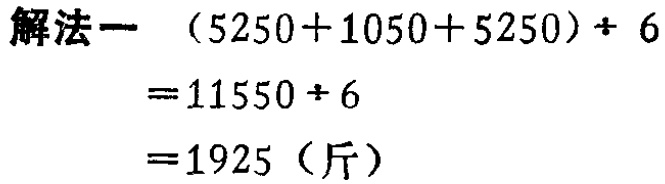
\(
\begin{align*}
\text{解法一 }&(5250 + 1050 + 5250)\div6\\
&= 11550\div6\\
&= 1925 \text{（斤）}
\end{align*}
\)